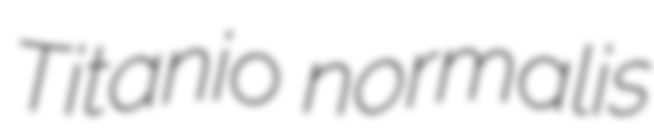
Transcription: Titanio normalis